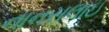
નાનસલાઇ